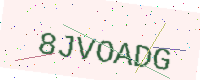
Text: 8JVOADG